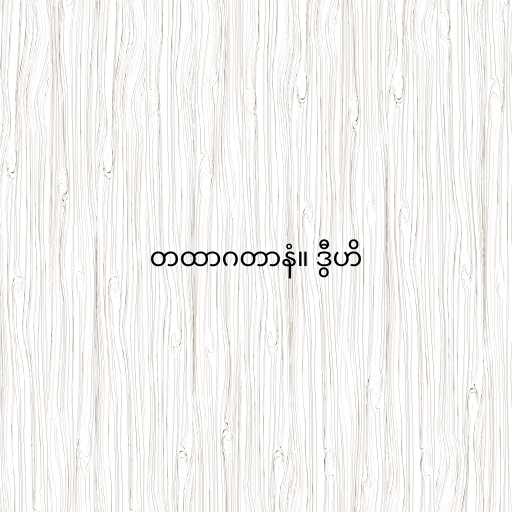
တထာဂတာနံ။ ဒွီဟိ